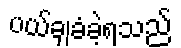
ပယ်ချခံခဲ့ရသည်